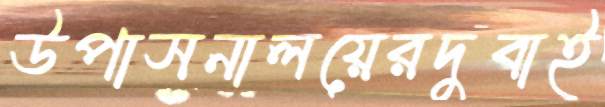
উপাসনালয়েরদুবাই